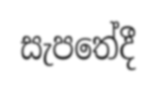
සැපතේදී